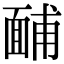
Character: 䩉